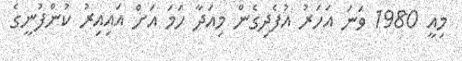
މިއީ 1980 ވަނަ އަހަރު އުފެދިގެން މިއަދާ ހަމަ އަށް އައިއިރު ކުންފުނީގެ